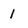
Character: 1